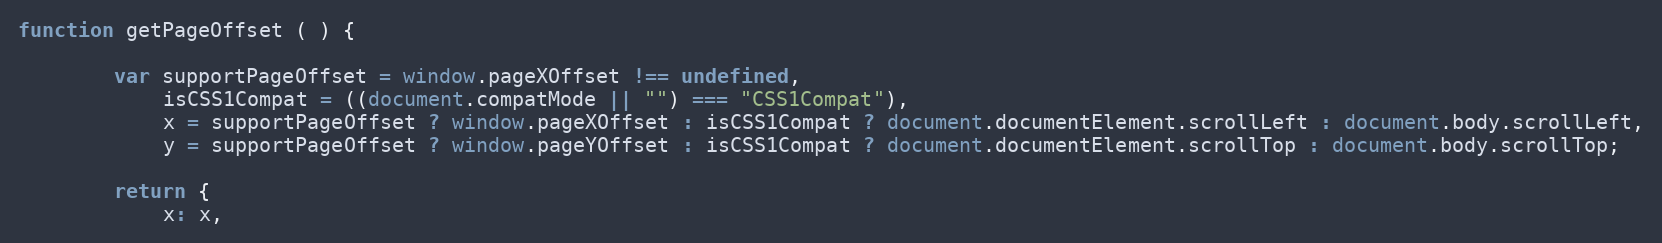
Language: JavaScript
function getPageOffset ( ) {

        var supportPageOffset = window.pageXOffset !== undefined,
            isCSS1Compat = ((document.compatMode || "") === "CSS1Compat"),
            x = supportPageOffset ? window.pageXOffset : isCSS1Compat ? document.documentElement.scrollLeft : document.body.scrollLeft,
            y = supportPageOffset ? window.pageYOffset : isCSS1Compat ? document.documentElement.scrollTop : document.body.scrollTop;

        return {
            x: x,